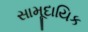
સામૂદાયિક